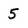
Character: 5